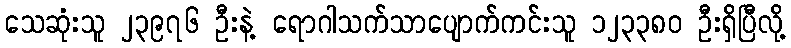
သေဆုံးသူ ၂၃၉၇၆ ဦးနဲ့ ရောဂါသက်သာပျောက်ကင်းသူ ၁၂၃၃၈၀ ဦးရှိပြီလို့